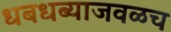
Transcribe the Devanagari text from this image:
धबधब्याजवळच